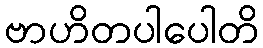
ဗာဟိတပါပေါတိ